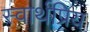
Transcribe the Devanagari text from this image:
स्वार्थप्रिय